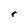
Character: r